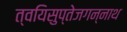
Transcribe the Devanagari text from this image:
त्वयिसुप्तेजगन्नाथ